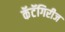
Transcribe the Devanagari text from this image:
कॅटॅगिरीज